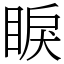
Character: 睙